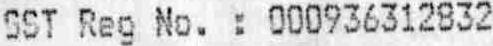
GST REG NO. : 000936312832